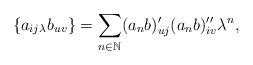
LaTeX: \begin{align*}\{a_{ij}{}_\lambda b_{uv}\}=\sum_{{n}\in\mathbb{N}}(a_{{n}}b)^\prime_{uj}(a_{{n}}b)^{\prime\prime}_{iv}\lambda^{{n}},\end{align*}